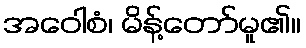
အဝေါစံ၊ မိန့်တော်မူ၏။